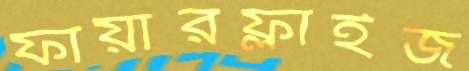
ফায়ারফ্লাইজ